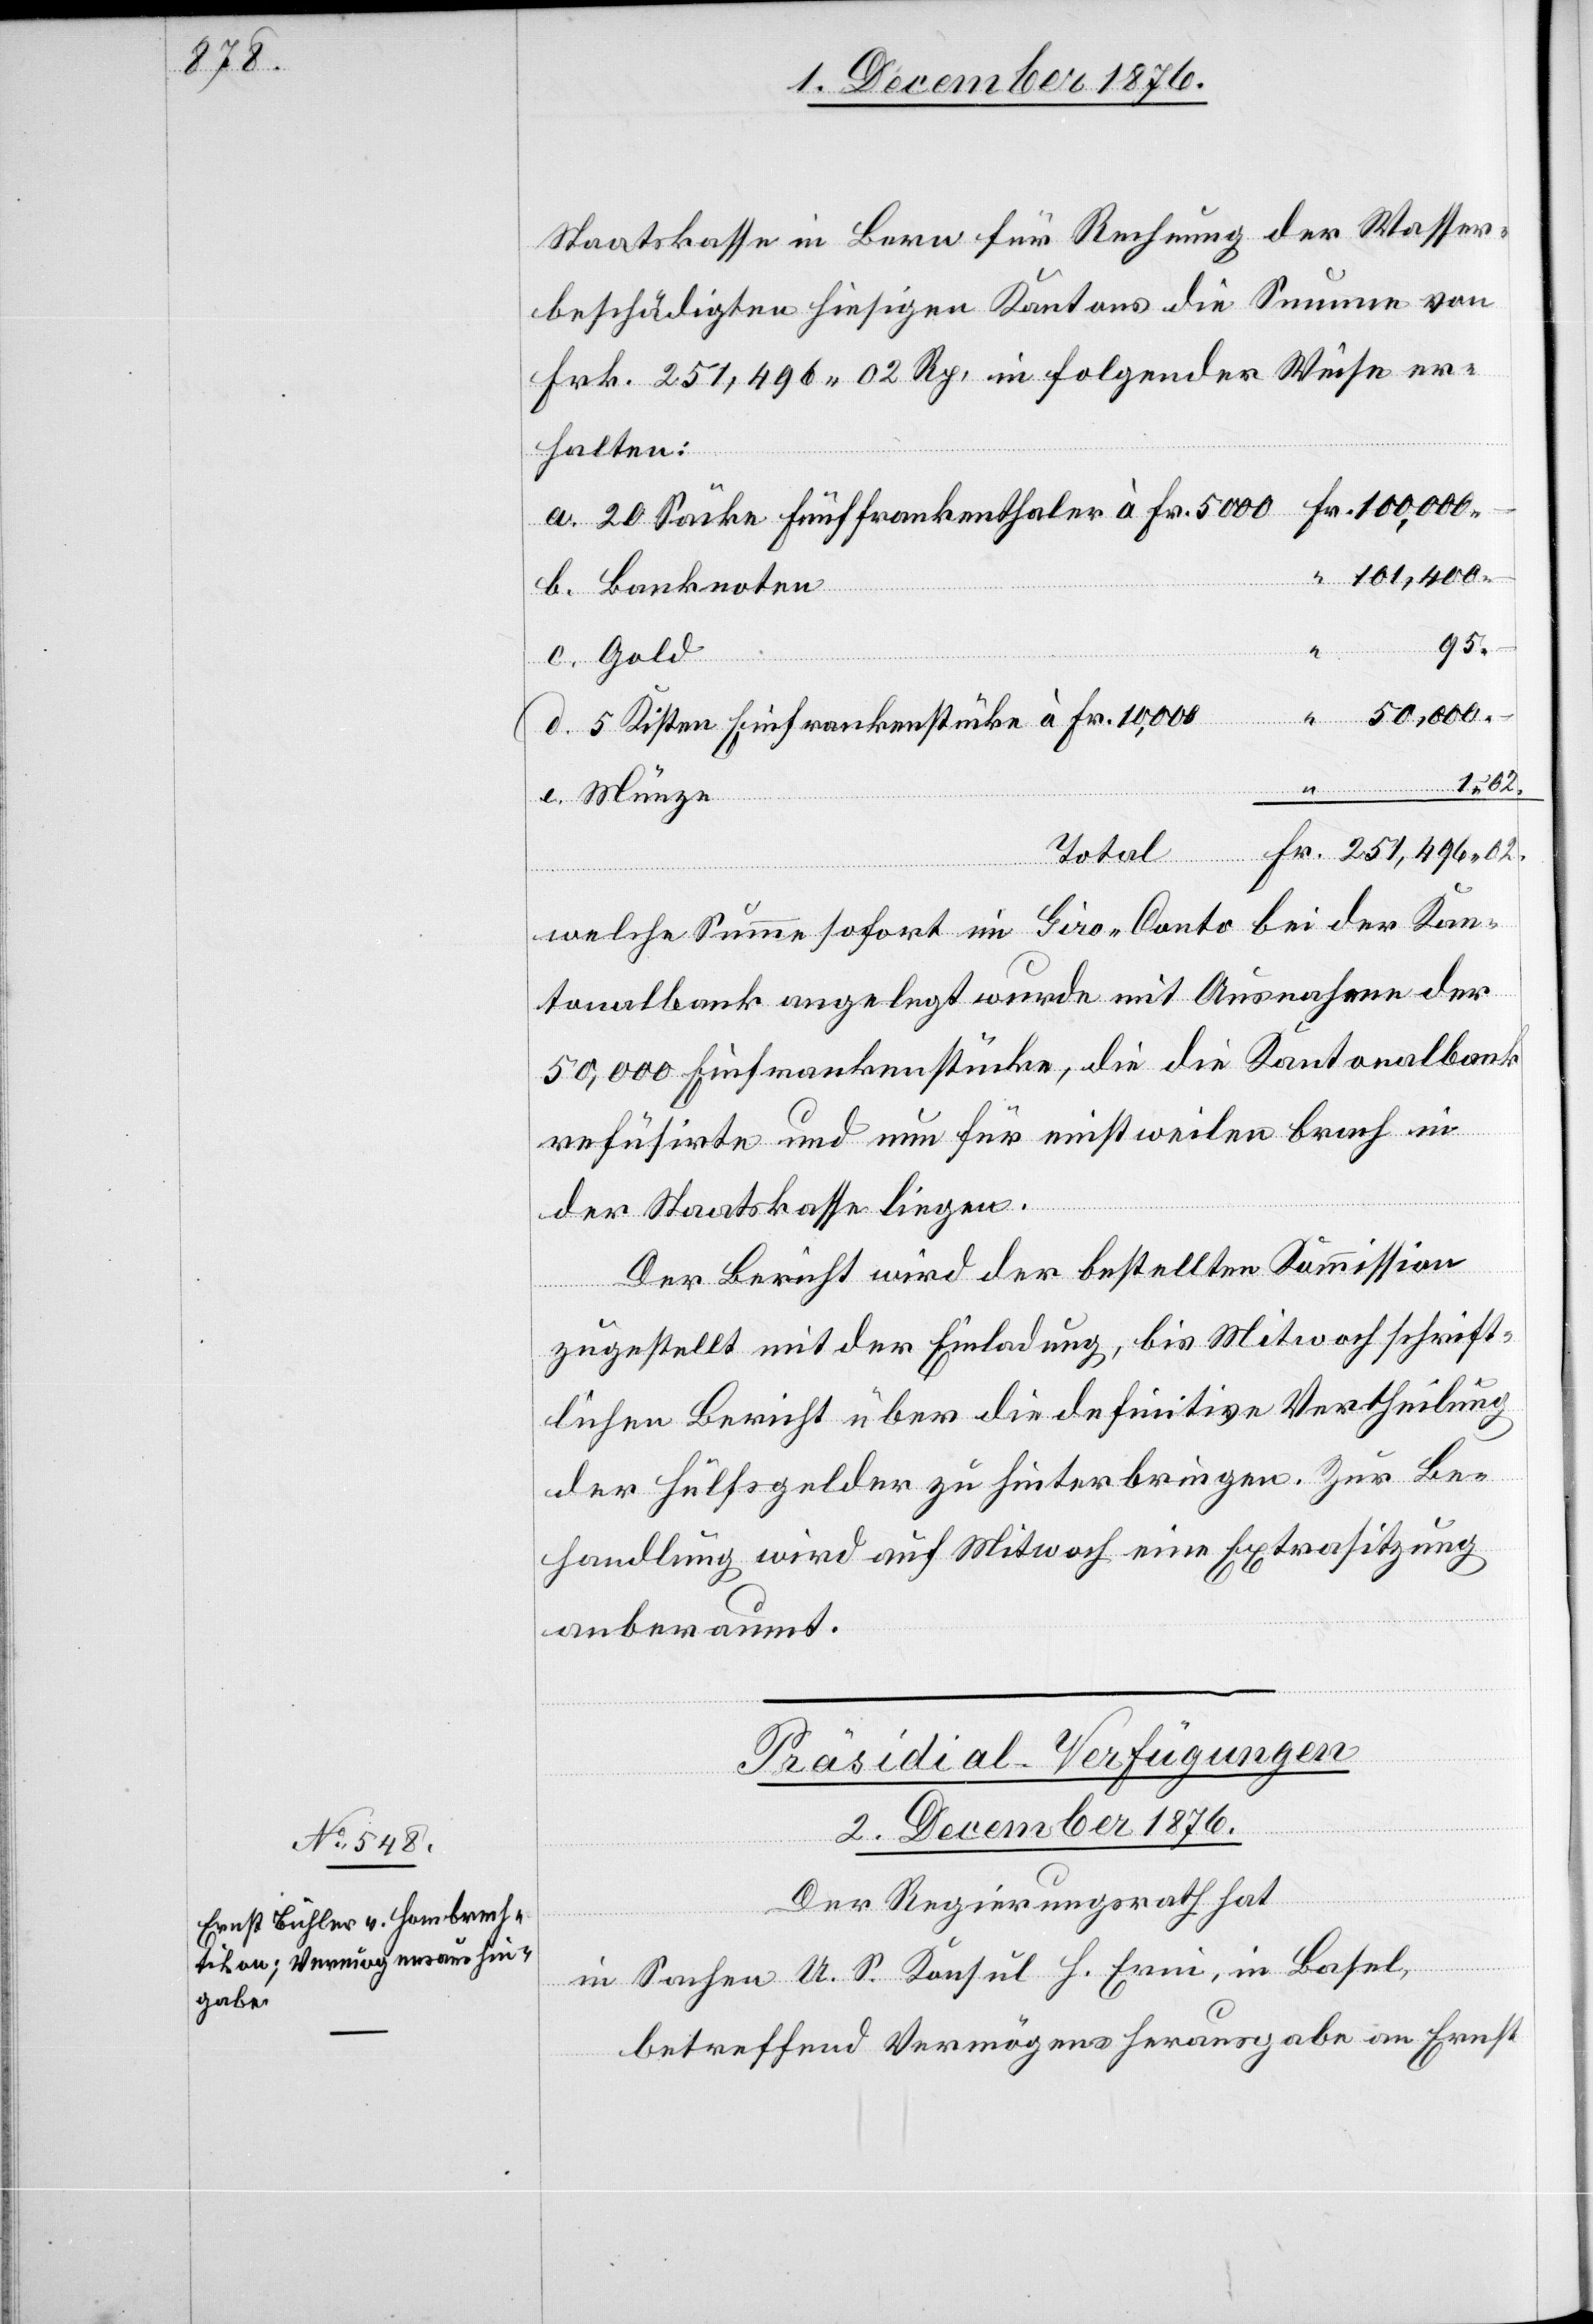
Staatskasse in Bern für Rechnung der Wasser¬
beschädigten hiesigen Kantons die Summe von
Frk. 251,496 02 Rp. in folgender Weise er¬
halten:
20 Säcke Fünffrankethaler à Fr. 5000
101,400
95
02.
5 Kisten Einfrankenstücke à Fr. 10,000
Total
welche Summe sofort im Giro-Conto bei der Kan¬
tonalbank angelegt wurde mit Ausnahme der
50,000 Einfrankenstücke, die die Kantonalbank
refüsirte und nun für einstweilen brach in
der Staatskasse liegen.
Der Bericht wird der bestellten Kommission
zugestellt mit der Einladung, bis Mitwoch schrift¬
lichen Bericht über die definitive Vertheilung
der Hülfsgelder zu hinterbringen. Zur Be¬
handlung wird auf Mitwoch eine Extrasitzung
anberaumt.
Präsidial-Verfügungen
2. Dezember 1876.
a.
Der Regierungsrath hat
in Sachen U. S. Konsul H. Erni, in Basel,
betreffend Vermögensaushinhabe an Ernst

Münze